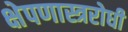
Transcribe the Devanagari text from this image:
क्षेपणास्त्ररोधी